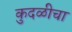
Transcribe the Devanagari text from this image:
कुदळीचा